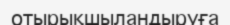
отырықшыландыруға